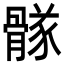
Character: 䯟